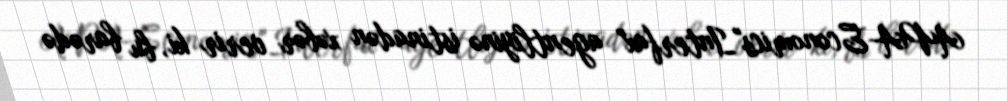
APA-Economics"Interfax" agentliyinə istinadən xəbər verir ki, bu barədə